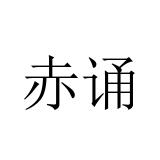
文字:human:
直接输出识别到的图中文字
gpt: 赤诵